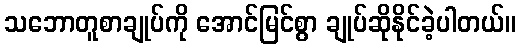
သဘောတူစာချုပ်ကို အောင်မြင်စွာ ချုပ်ဆိုနိုင်ခဲ့ပါတယ်။